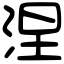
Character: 涅